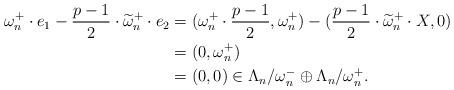
LaTeX: \begin{align*}\omega^+_n \cdot e_1 - \frac{p-1}{2} \cdot \widetilde{\omega}^+_n \cdot e_2 & = ( \omega^+_n \cdot \frac{p-1}{2} , \omega^+_n) - (\frac{p-1}{2} \cdot \widetilde{\omega}^+_n \cdot X, 0)\\& = ( 0 , \omega^+_n) \\& = (0,0) \in \Lambda_n/ \omega^-_n \oplus \Lambda_n/ \omega^+_n .\end{align*}